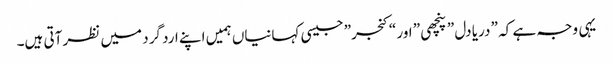
یہی وجہ ہے کہ ” دریا دل ” پنچھی ” اور “کنجر” جیسی کہانیاں ہمیں اپنے ارد گرد میں نظر آتی ہیں۔